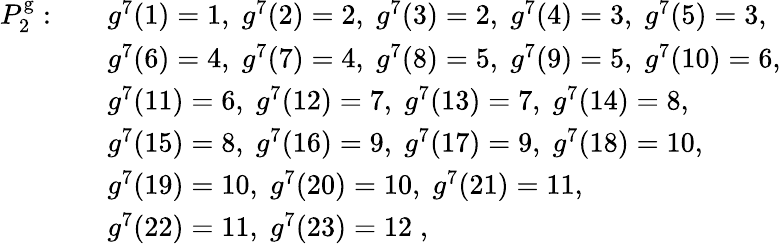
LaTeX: \begin{array}{rl}{P_{2}^{\mathrm{g}}:\quad}&{g^{7}(1)=1,\; g^{7}(2)=2,\; g^{7}(3)=2,\; g^{7}(4)=3,\; g^{7}(5)=3,}\\ &{g^{7}(6)=4,\; g^{7}(7)=4,\; g^{7}(8)=5,\; g^{7}(9)=5,\; g^{7}(10)=6,}\\ &{g^{7}(11)=6,\; g^{7}(12)=7,\; g^{7}(13)=7,\; g^{7}(14)=8,\; }\\ &{g^{7}(15)=8,\; g^{7}(16)=9,\; g^{7}(17)=9,\; g^{7}(18)=10,}\\ &{g^{7}(19)=10,\; g^{7}(20)=10,\; g^{7}(21)=11,}\\ &{g^{7}(22)=11,\; g^{7}(23)=12\; ,}\end{array}